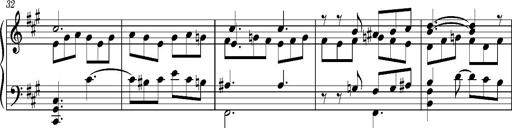
Title: PriÃ¨re d'un enfant Ã  son rÃ©veil
Composer: Franz Liszt
Key: A major